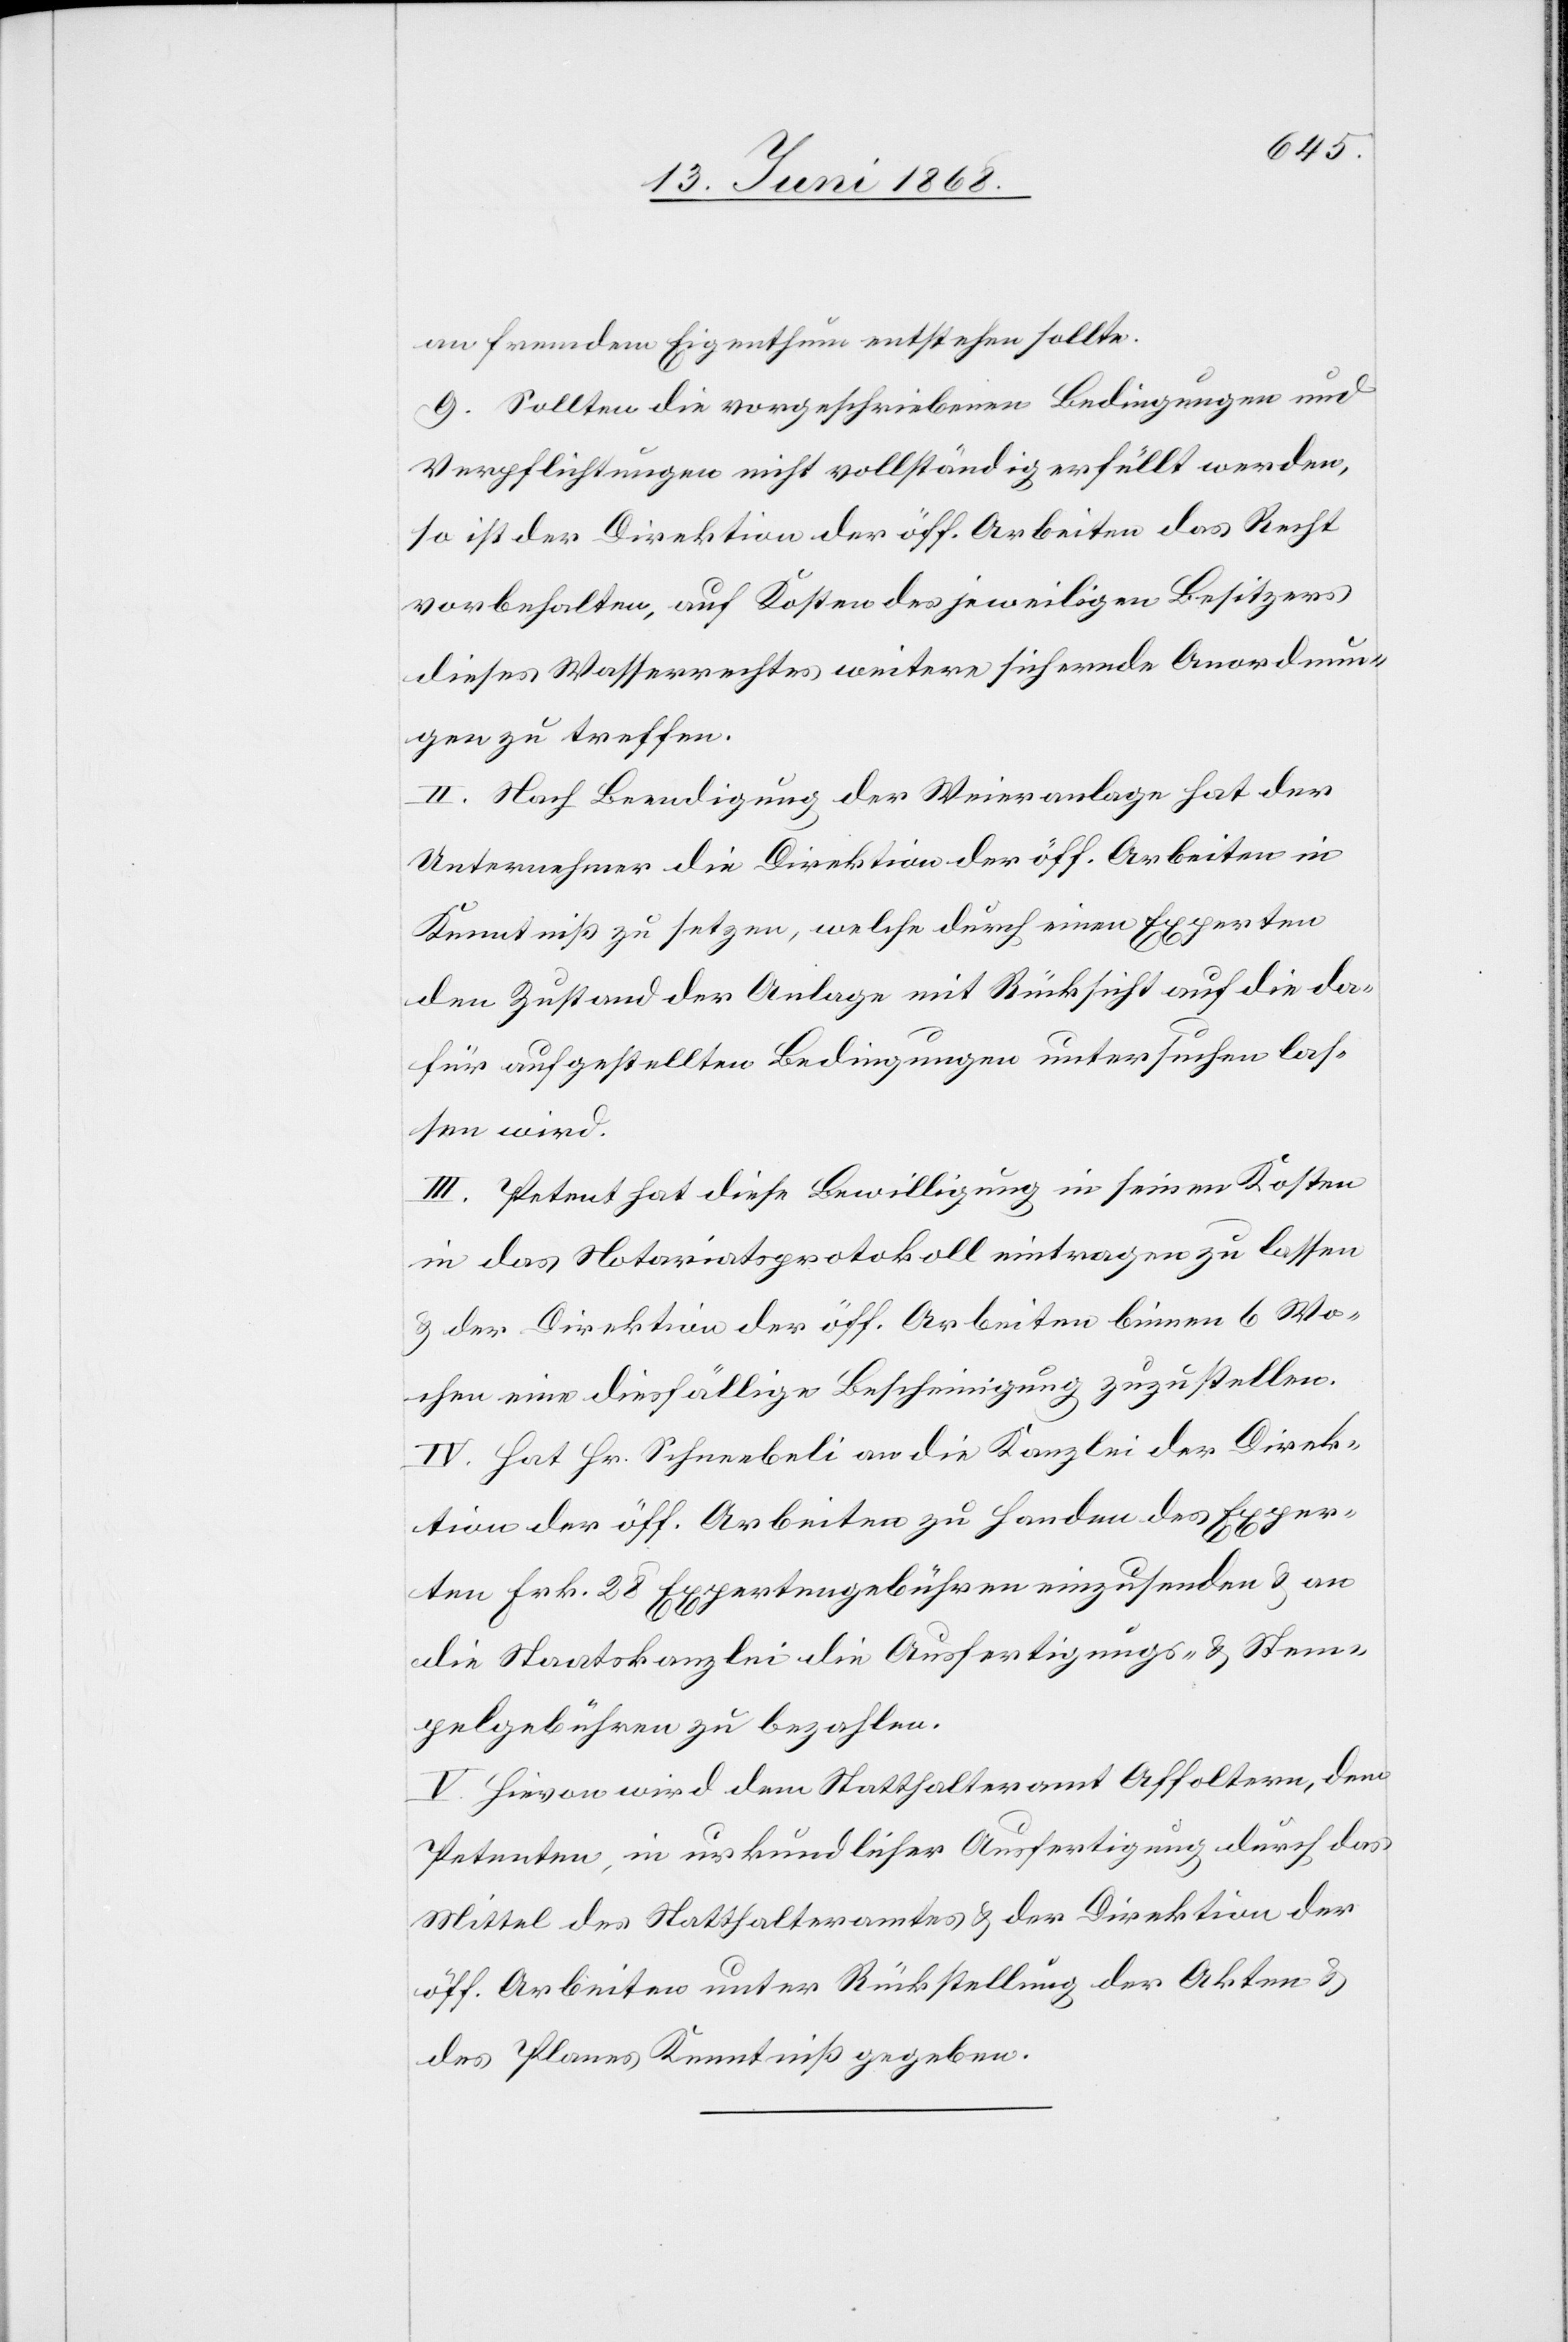
an fremdem Eigenthum entstehen sollte.
9. Sollten die vorgeschriebenen Bedingungen und
Verpflichtungen nicht vollständig erfüllt werden,
so ist der Direktion der öff. Arbeiten das Recht
vorbehalten, auf Kosten des jeweiligen Besitzers
dieses Wasserrechtes weitere sichernde Anordnun¬
gen zu treffen.
II. Nach Beendigung der Weieranlage hat der
Unternehmer die Direktion der öff. Arbeiten in
Kenntniß zu setzen, welche durch einen Experten
den Zustand der Anlage mit Rücksicht auf die da¬
für aufgestellten Bedingungen untersuchen las¬
sen wird.
III. Petent hat diese Bewilligung in seinen Kosten
in das Notariatsprotokoll eintragen zu lassen
& der Direktion der öff. Arbeiten binnen 6 Wo¬
chen eine diesfällige Bescheinigung zuzustellen.
IV. Hat Hr. Schneebeli an die Kanzlei der Direk¬
tion der öff. Arbeiten zu Handen des Exper¬
ten Frk. 28 Expertengebühren einzusenden & an
die Staatskanzlei die Ausfertigungs- & Stem¬
pelgebühren zu bezahlen.
V. Hievon wird dem Statthalteramt Affoltern, dem
Petenten, in urkundlicher Ausfertigung durch das
Mittel des Statthalteramtes & der Direktion der
öff. Arbeiten unter Rückstellung der Akten &
des Planes Kenntniß gegeben.